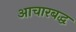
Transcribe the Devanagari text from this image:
आचारबद्ध